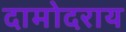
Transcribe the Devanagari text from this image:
दामोदराय